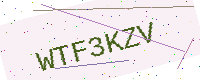
Text: WTF3KZV